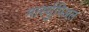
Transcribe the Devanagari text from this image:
मार्स्युपिअल